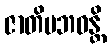
ဇာတိပဘဝန္တိ